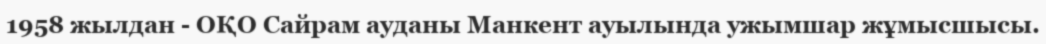
1958 жылдан - ОҚО Сайрам ауданы Манкент ауылында ужымшар жұмысшысы.